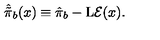
\hat { \tilde { \pi } } _ { b } ( x ) \equiv \hat { \pi } _ { b } - \mathrm { L } { \cal E } ( x ) .